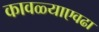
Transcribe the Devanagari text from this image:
कावळ्याएवढा